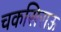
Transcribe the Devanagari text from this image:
चकसिराऊ